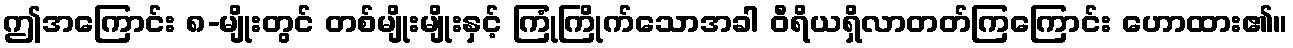
ဤအကြောင်း ၈-မျိုးတွင် တစ်မျိုးမျိုးနှင့် ကြုံကြိုက်သောအခါ ဝီရိယရှိလာတတ်ကြကြောင်း ဟောထား၏။